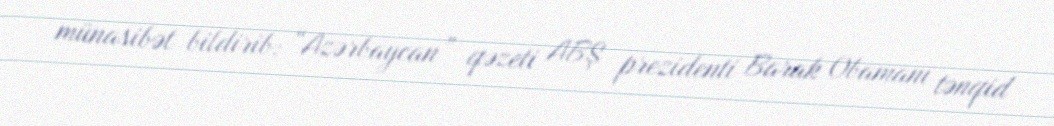
münasibət bildirib: “Azərbaycan” qəzeti ABŞ prezidenti Barak Obamanı tənqid